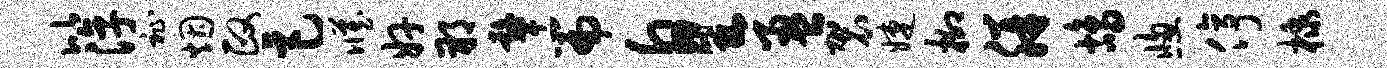
比淳祉烟政巨臧奸朔鼙篇皇盈袈婕柳胼鸪窗停棣